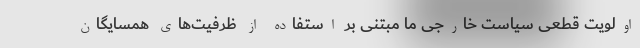
اولویت قطعی سیاست خارجی ما مبتنی بر استفاده از ظرفیت‌های همسایگان